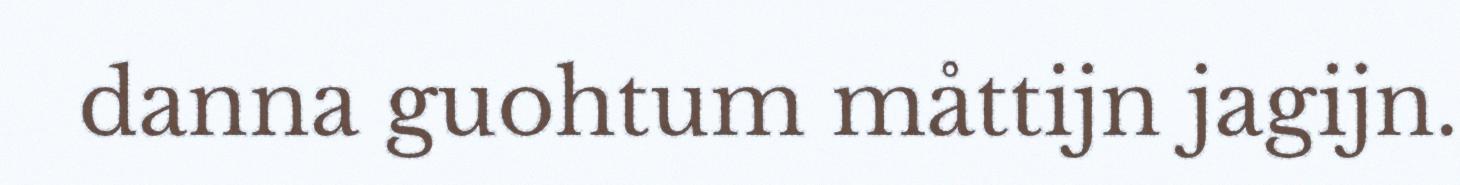
danna guohtum måttijn jagijn.